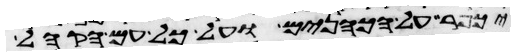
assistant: יכפר על הכהנים ועל כל עם הקהל